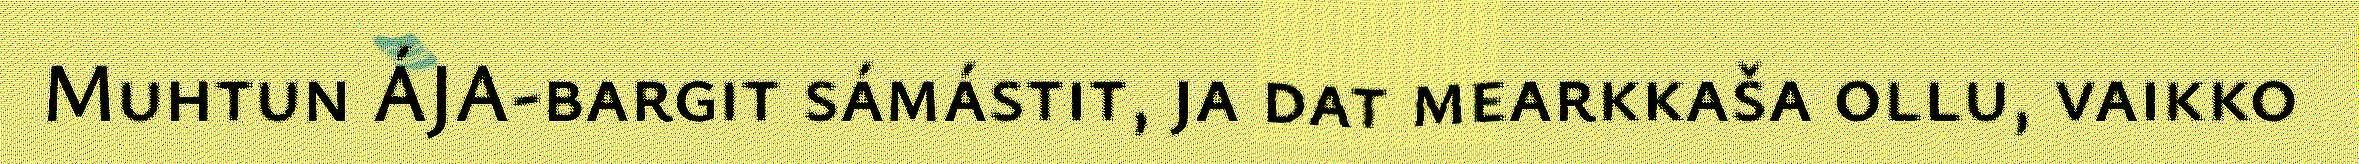
Muhtun ÁJA-bargit sámástit, ja dat mearkkaša ollu, vaikko